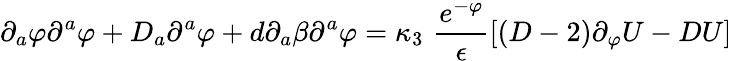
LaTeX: \partial_{a}\varphi\partial^{a}\varphi+D_{a}\partial^{a}\varphi+d\partial_{a}\beta\partial^{a}\varphi=\kappa_{3}\, \, \frac{e^{-\varphi}}\epsilon[(D-2)\partial_{\varphi}U-DU]